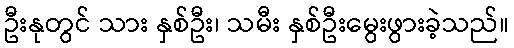
ဦးနုတွင် သား နှစ်ဦး၊ သမီး နှစ်ဦးမွေးဖွားခဲ့သည်။